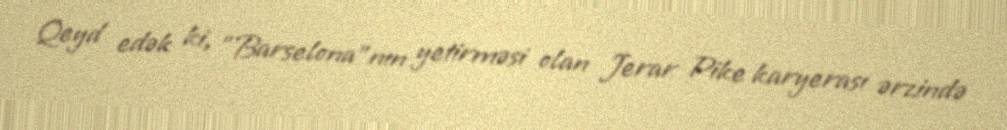
Qeyd edək ki, "Barselona"nın yetirməsi olan Jerar Pike karyerası ərzində